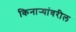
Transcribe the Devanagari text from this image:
किनार्‍यांवरील